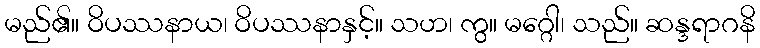
မည်၏။ ဝိပဿနာယ၊ ဝိပဿနာနှင့်။ သဟ၊ ကွ။ မဂ္ဂေါ၊ သည်။ ဆန္ဒရာဂနိ